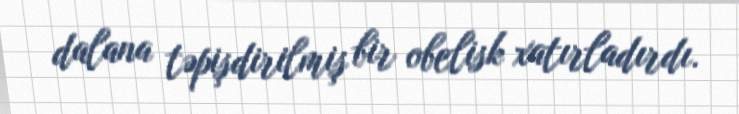
dalana təpişdirilmiş bir obelisk xatırladırdı.